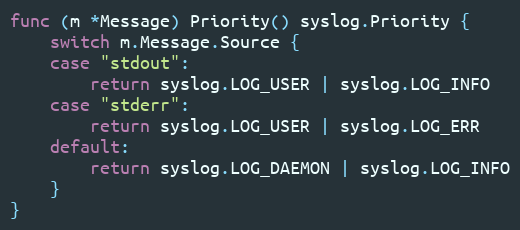
Language: Go
func (m *Message) Priority() syslog.Priority {
	switch m.Message.Source {
	case "stdout":
		return syslog.LOG_USER | syslog.LOG_INFO
	case "stderr":
		return syslog.LOG_USER | syslog.LOG_ERR
	default:
		return syslog.LOG_DAEMON | syslog.LOG_INFO
	}
}